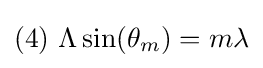
(4)\ \Lambda \sin(\theta _{m})=m\lambda